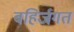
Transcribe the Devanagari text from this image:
बहिर्जगत